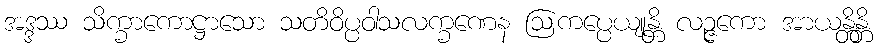
အဒ္ဒဿ သိက္ခာကောဋ္ဌာသော သတိဝိပ္ပဝါသလက္ခဏေန ဩကပ္ပေယျုန္တိ လဉ္ဇကော အာယန္တိန္တိ